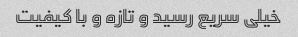
خیلی سریع رسید و تازه و با کیفیت